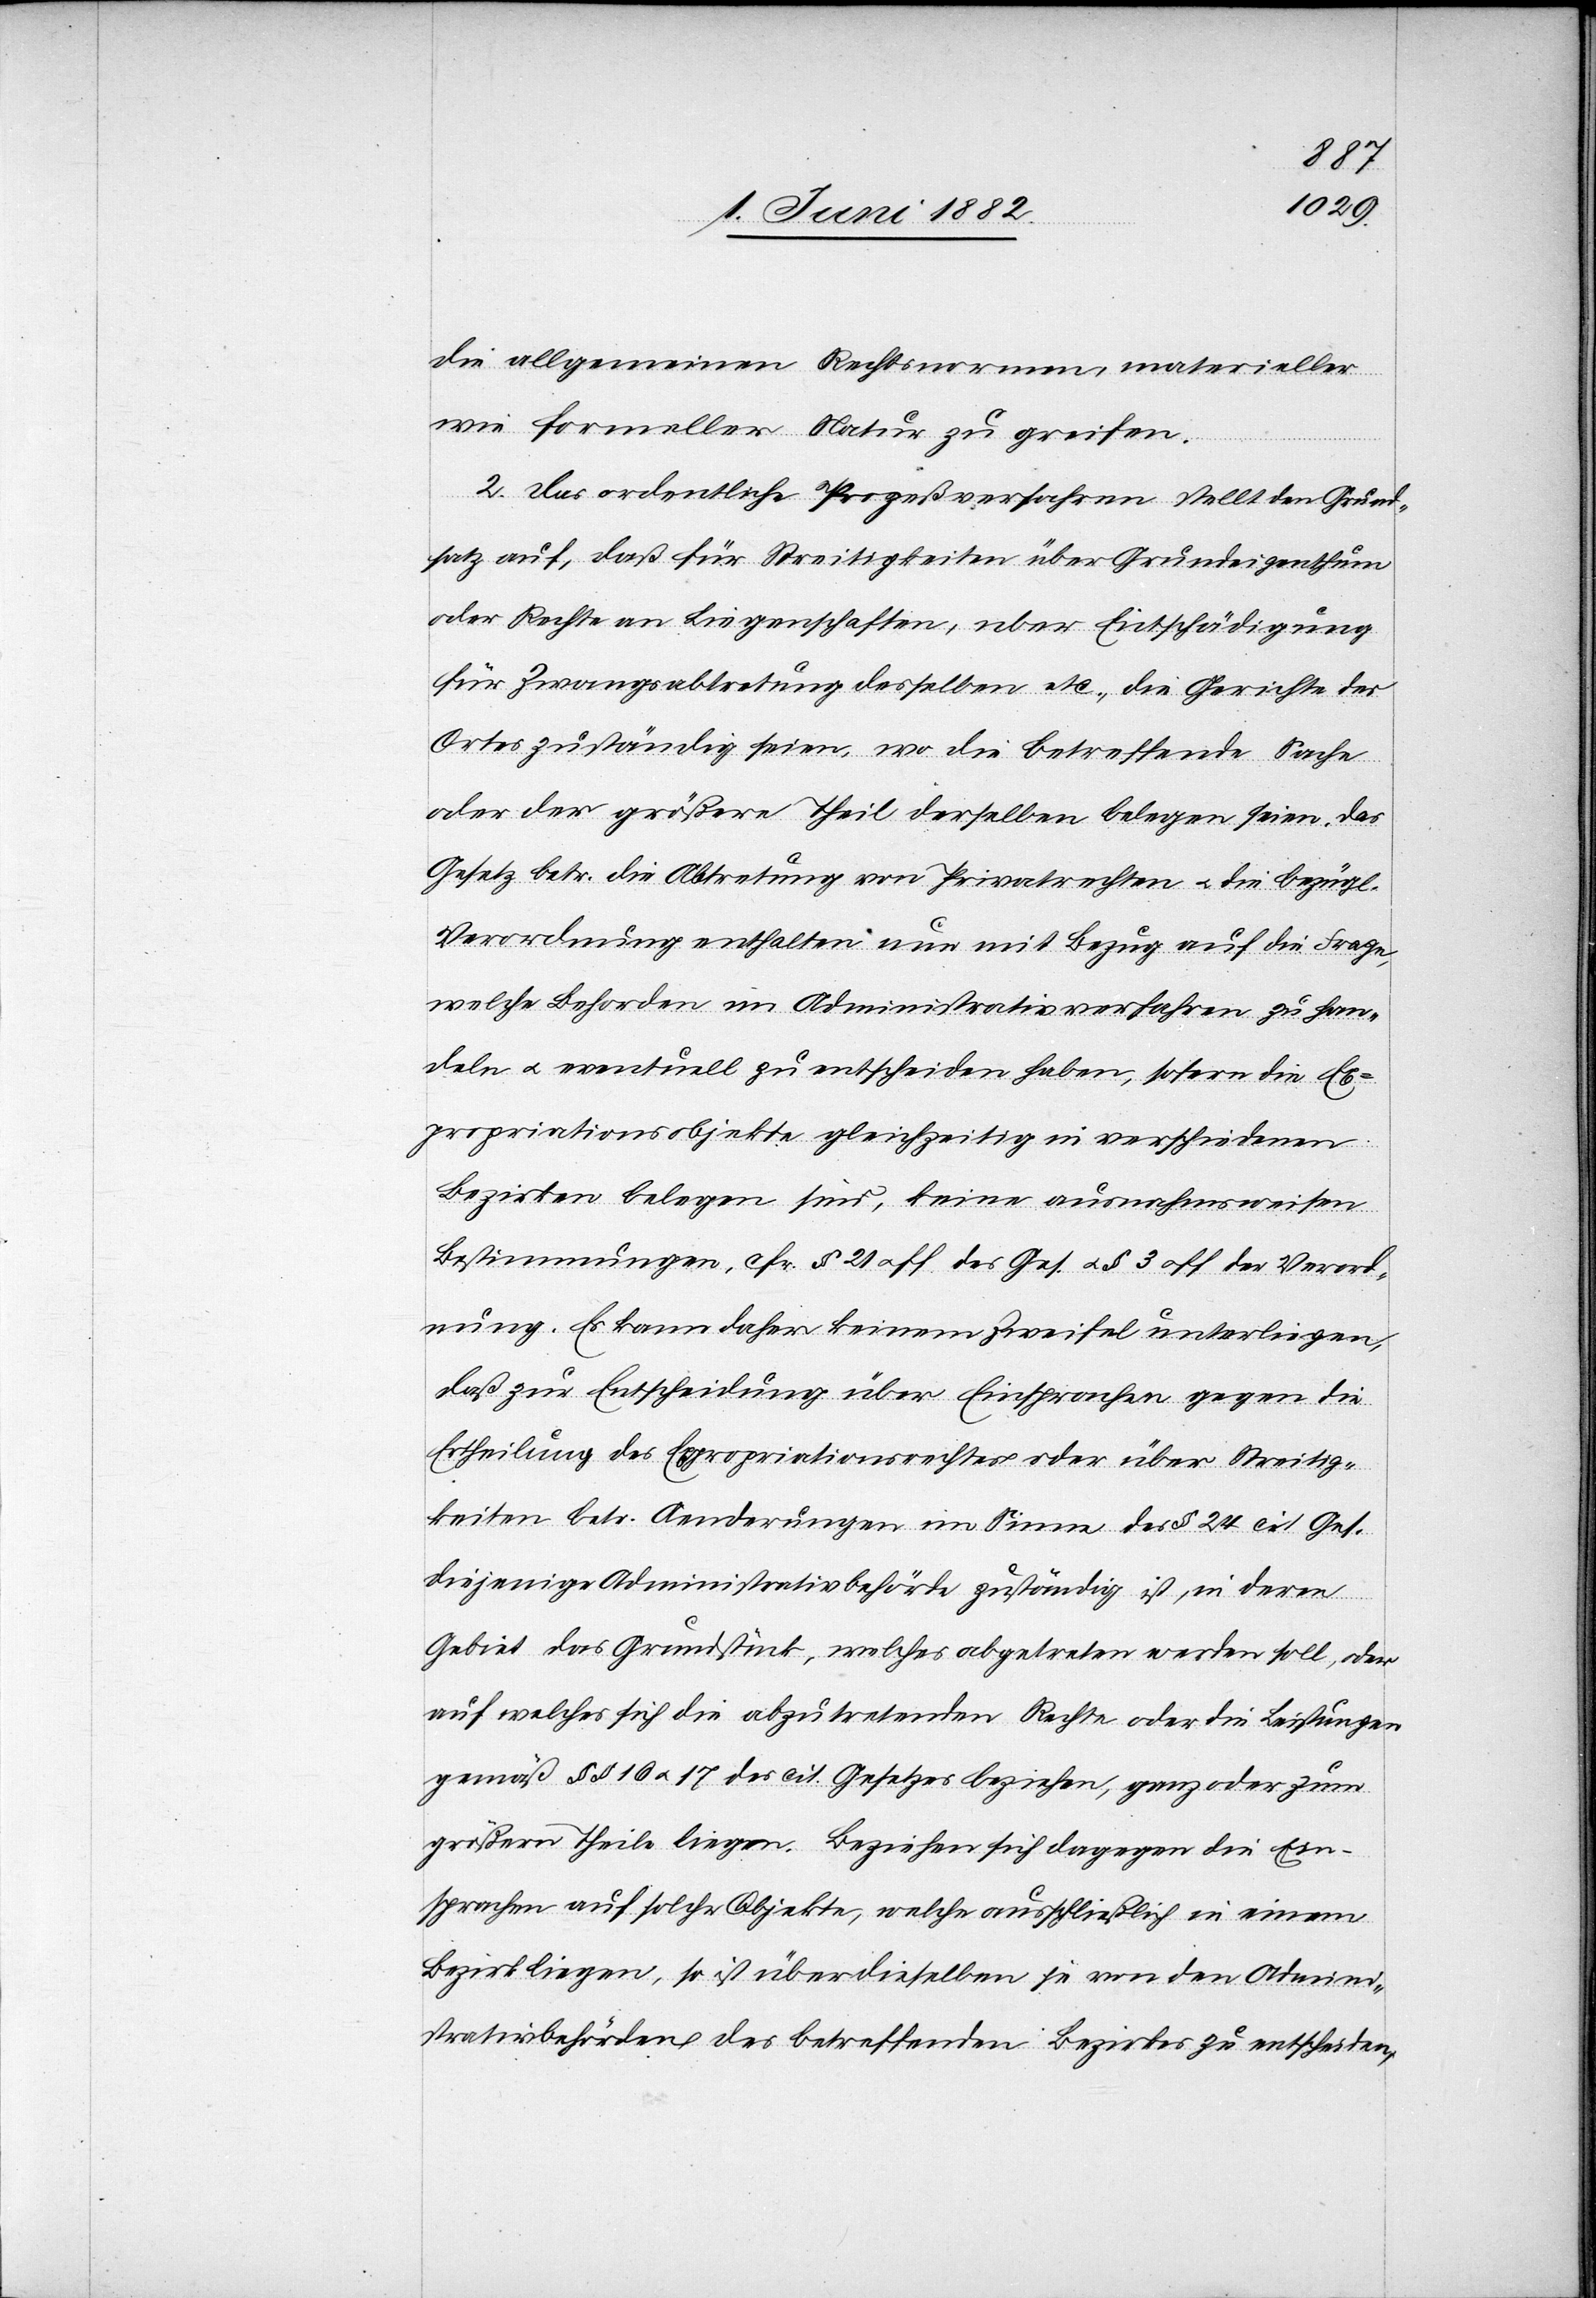
die allgemeinen Rechtsnormen, materieller
wie formeller Natur zu greifen.
2. Das ordentliche Prozeßverfahren stellt den Grund¬
satz auf, daß für Streitigkeiten über Grundeigenthum
oder Rechte an Liegenschaften, über Entschädigung
für Zwangsabtretung desselben etc., die Gerichte des
Ortes zuständig seien, wo die betreffende Sache
oder der größere Theil derselben belegen seien. Das
Gesetz betr. die Abtretung von Privatsachen u. die bezügl.
Verordnung enthalten nun mit Bezug auf die Frage,
welche Behörden im Administrativverfahren zu han¬
deln u. eventuell zu entscheiden haben, sofern die Ex¬
propriationsobjekte gleichzeitig in verschiedenen
Bezirken belegen sind, keine ausnahmsweisen
Bestimmungen, cfr. § 21 u ff. des Ges. u. § 3 der Verord¬
nung. Es kann daher keinem Zweifel unterliegen,
daß zur Entscheidung über Einsprachen gegen die
Ertheilung des Expropriationsrechtes oder über Streitig¬
keiten betr. Aenderungen im Sinne des § 24 cit. Ges.
diejenige Administrativbehörde zuständig ist, in deren
Gebiet das Grundstück, welches abgetreten werden soll, oder
auf welches sich die abzutretenden Rechte oder die Leistungen
gemäß §§ 16 u. 17 des cit. Gesetzes beziehen, ganz oder zum
größern Theile liegen. Beziehen sich dagegen die Ein¬
sprachen auf solche Objekte, welche ausschließlich in einem
Bezirk liegen, so ist über dieselben je von den Admini¬
strativbehörden des betreffenden Bezirkes zu entscheiden,